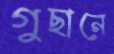
গুছানে